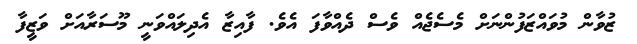
ޒުވާން މުވައްޒަފުންނަށް މެސެޖެއް ވެސް ދެއްވާފަ އެވެ. ފާއިޒާ އެދިލައްވަނީ މޫސަރާއަށް ވަޒީފާ